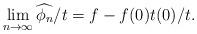
LaTeX: \begin{align*}\lim_{n\to \infty} \widehat{\phi_{n}}/t= f-f(0)t(0)/t.\end{align*}